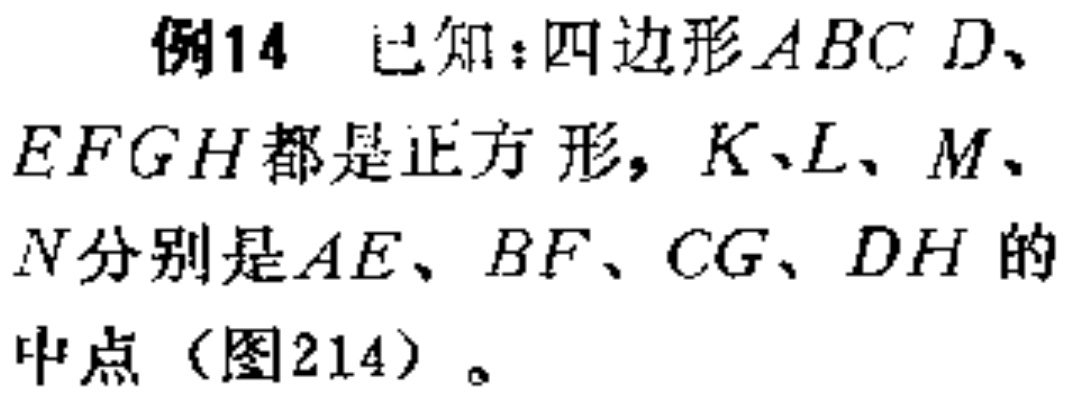
例14 已知：四边形$ABCD$、$EFGH$都是正方形，$K、L、M、N$分别是$AE、BF、CG、DH$的中点（图214）。